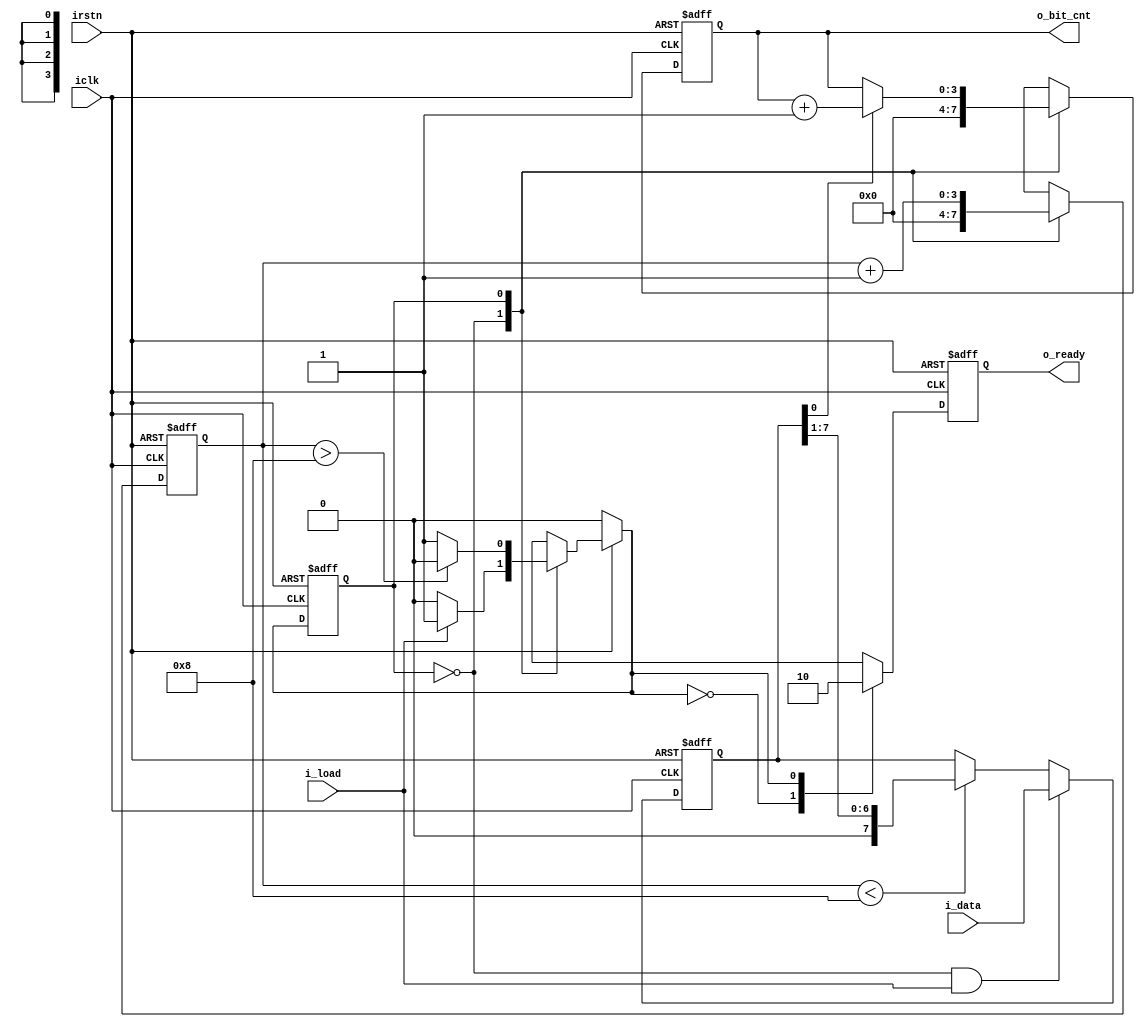
module fsm_Bit1_Counter (
	input				iclk,
	input				irstn,
	input				i_load,
	input		[7:0]	i_data,
	output reg	[3:0]	o_bit_cnt,
	output reg			o_ready 
);

reg [3:0] r_clk_cnt;
reg [7:0] r_data_shift; // input data 

reg n_state, c_state;

parameter	IDLE	= 1'b0,
			COUNT	= 1'b1;

//state machine
always @(*) begin
	if (!irstn)				begin n_state = IDLE; end
	else
		case(c_state)
			IDLE	: if(i_load)				begin n_state = COUNT; end
						else 					begin n_state = IDLE; end
			COUNT	: if(r_clk_cnt > 4'b1000)	begin n_state = IDLE; end
						else					begin n_state = COUNT; end
			default : 							begin n_state = IDLE; end
		endcase
end

always @(posedge iclk or negedge irstn) begin
	if(!irstn)	begin c_state <= IDLE; end
	else		begin c_state <= n_state; end
end 



//shift register
always @(posedge iclk or negedge irstn) begin
		if(!irstn)								begin r_data_shift <= 8'b0; end
		else if( (c_state== IDLE) && i_load)	begin r_data_shift <= i_data; end
		else if (r_clk_cnt < 4'b1000)			begin r_data_shift <= {1'b0, r_data_shift[7:1] }; end
		else									begin r_data_shift <= r_data_shift; end
end

//clk_cnt ++
always @(posedge iclk or negedge irstn) begin
	if(!irstn)	begin r_clk_cnt <= 4'b0; end
	else begin
		case(c_state)
				IDLE	: r_clk_cnt <= 4'b0;
				COUNT	: r_clk_cnt <= r_clk_cnt + 4'b0001;
				default	: r_clk_cnt <= r_clk_cnt;
		endcase
	end
end

//Check 1 and Bit Counter
always @(posedge iclk or negedge irstn) begin
	if(!irstn)	begin o_bit_cnt <= 4'b0; end
	else begin
			case(c_state)
					IDLE	: o_bit_cnt <= 0;
					COUNT	: if(r_data_shift[0] == 1'b1)					begin o_bit_cnt <= o_bit_cnt + 4'b0001; end
							 else if(r_clk_cnt > 4'b1000)					begin o_bit_cnt <= o_bit_cnt; end
							 else											begin o_bit_cnt <= o_bit_cnt; end
					default	: o_bit_cnt <= o_bit_cnt;
			endcase
	end
end

// o_ready generation
always @(posedge iclk or negedge irstn) begin
	if(!irstn)	begin o_ready <= 1'b0; end
		else begin
				case(n_state)
						IDLE	: o_ready <= 1'b1;
						COUNT	: o_ready <= 1'b0;
				endcase
		end
end

endmodule